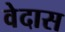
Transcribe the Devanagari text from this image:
वेदास